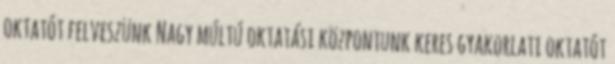
oktatót felveszünk Nagy múltú oktatási központunk keres gyakorlati oktatót